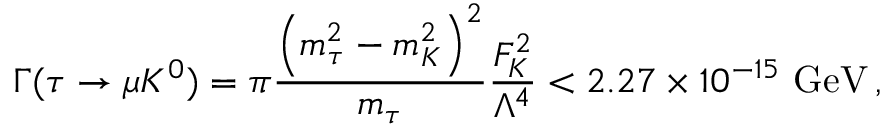
\Gamma ( \tau \rightarrow \mu K ^ { 0 } ) = \pi \frac { { \left( m _ { \tau } ^ { 2 } - m _ { K } ^ { 2 } \right) } ^ { 2 } } { m _ { \tau } } \frac { F _ { K } ^ { 2 } } { \Lambda ^ { 4 } } < 2 . 2 7 \times 1 0 ^ { - 1 5 } ~ \mathrm { G e V } \, ,